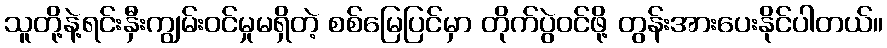
သူတို့နဲ့ရင်းနှီးကျွမ်းဝင်မှုမရှိတဲ့ စစ်မြေပြင်မှာ တိုက်ပွဲဝင်ဖို့ တွန်းအားပေးနိုင်ပါတယ်။